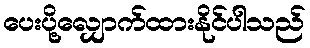
ပေးပို့လျှောက်ထားနိုင်ပါသည်